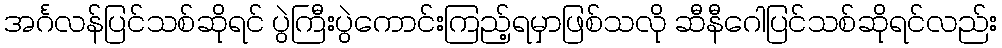
အင်္ဂလန်ပြင်သစ်ဆိုရင် ပွဲကြီးပွဲကောင်းကြည့်ရမှာဖြစ်သလို ဆီနီဂေါပြင်သစ်ဆိုရင်လည်း